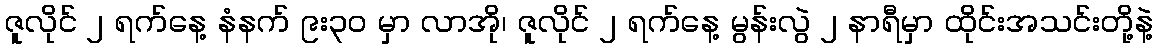
ဇူလိုင် ၂ ရက်နေ့ နံနက် ၉း၃၀ မှာ လာအို၊ ဇူလိုင် ၂ ရက်နေ့ မွန်းလွဲ ၂ နာရီမှာ ထိုင်းအသင်းတို့နဲ့